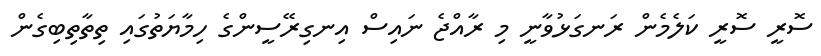
ސޮރީ ސޮރީ ކަލެމެން ރަނގަޅުވާނީ މި ރާއްޖެ ނައިސް އިނގިރޭސީންގެ ހިމާޔަތުގައި ތިތާތިބިގެން